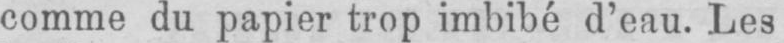
comme du papier trop imbibé d’eau. Les